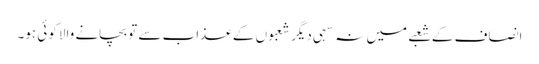
انصاف کے شعبے میں نہ سہی دیگر شعبوں کے عذاب سے تو بچانے والا کوئی ہو۔